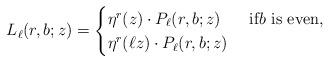
LaTeX: \begin{align*}L_\ell(r,b;z) = \begin{cases}\eta^r(z) \cdot P_\ell(r,b;z) & \text{ if$b$ is even,} \\ \eta^r(\ell z) \cdot P_\ell(r,b;z) & \end{cases} \end{align*}